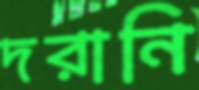
দরানি